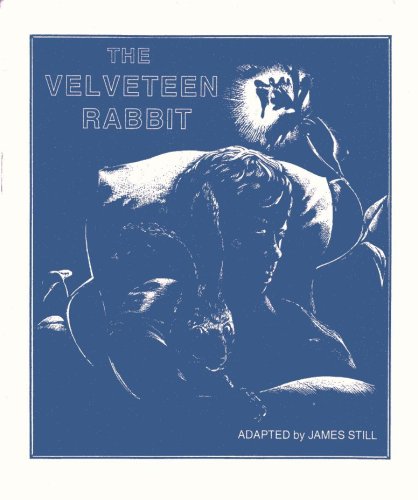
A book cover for The Velveteen Rabbit (Playscript) From the Story by Margery Williams; James Still; Literature & Fiction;